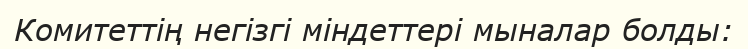
Комитеттің негізгі міндеттері мыналар болды: